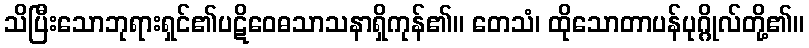
သိပြီးသောဘုရားရှင်၏ပဋိဝေဓသာသနာရှိကုန်၏။ တေသံ၊ ထိုသောတာပန်ပုဂ္ဂိုလ်တို့၏။